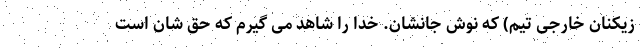
زیکنان خارجی تیم) که نوش جانشان. خدا را شاهد می گیرم که حق شان است